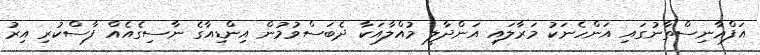
އަފްޣާނިސްތާނުގައި އަންހެނަކު މަރާލައި އަންދާލީ މުއްލާއަކާ ދެބަސްވުމުން އިންޑިއާގެ ނާސިގެއެއް ފާސްކުރި އިރު